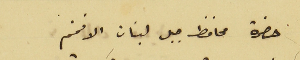
حضرة محافظ جبل لبنان الافخم